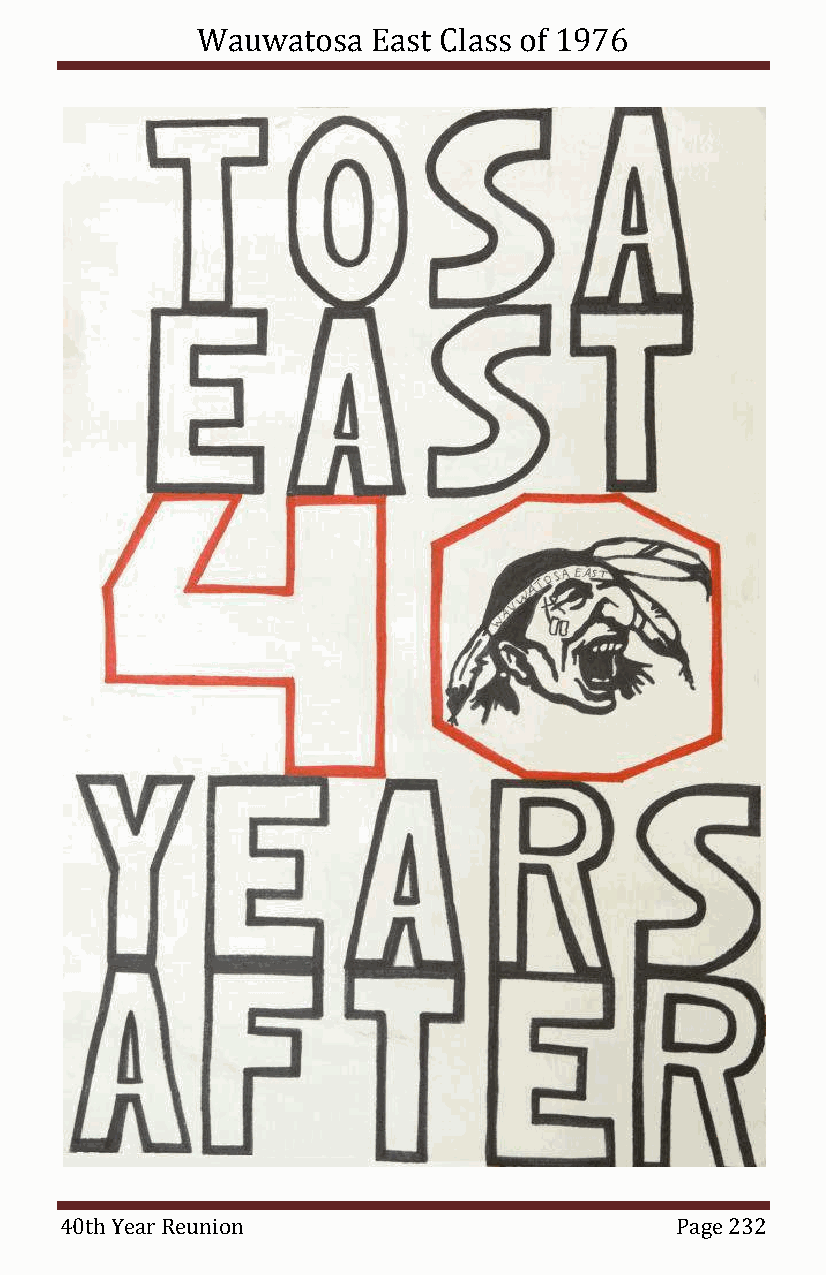
Wauwatosa   East Class of 1976
 40th Year Reunion                        Page 232